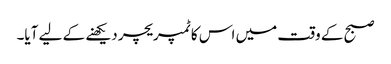
صبح کے وقت میں اس کا ٹمپریچر دیکھنے کے لیے آیا۔